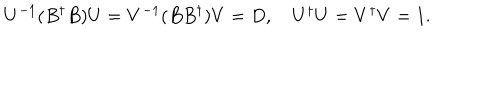
U ^ { - 1 } ( B ^ { \dagger } B ) U = V ^ { - 1 } ( B B ^ { \dagger } ) V = D , \quad U ^ { \dagger } U = V ^ { \dagger } V = 1 .